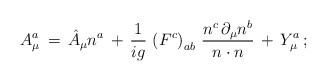
\begin{align*}A^a_\mu \, = \, \hat{A}_\mu n^a \, + \, \frac{1}{ig} \, \left( F^c \right)_{ab} \, \frac{n^c \, \partial_\mu n^b}{n \cdot n} \, + \, Y^a_\mu \, ; \end{align*}